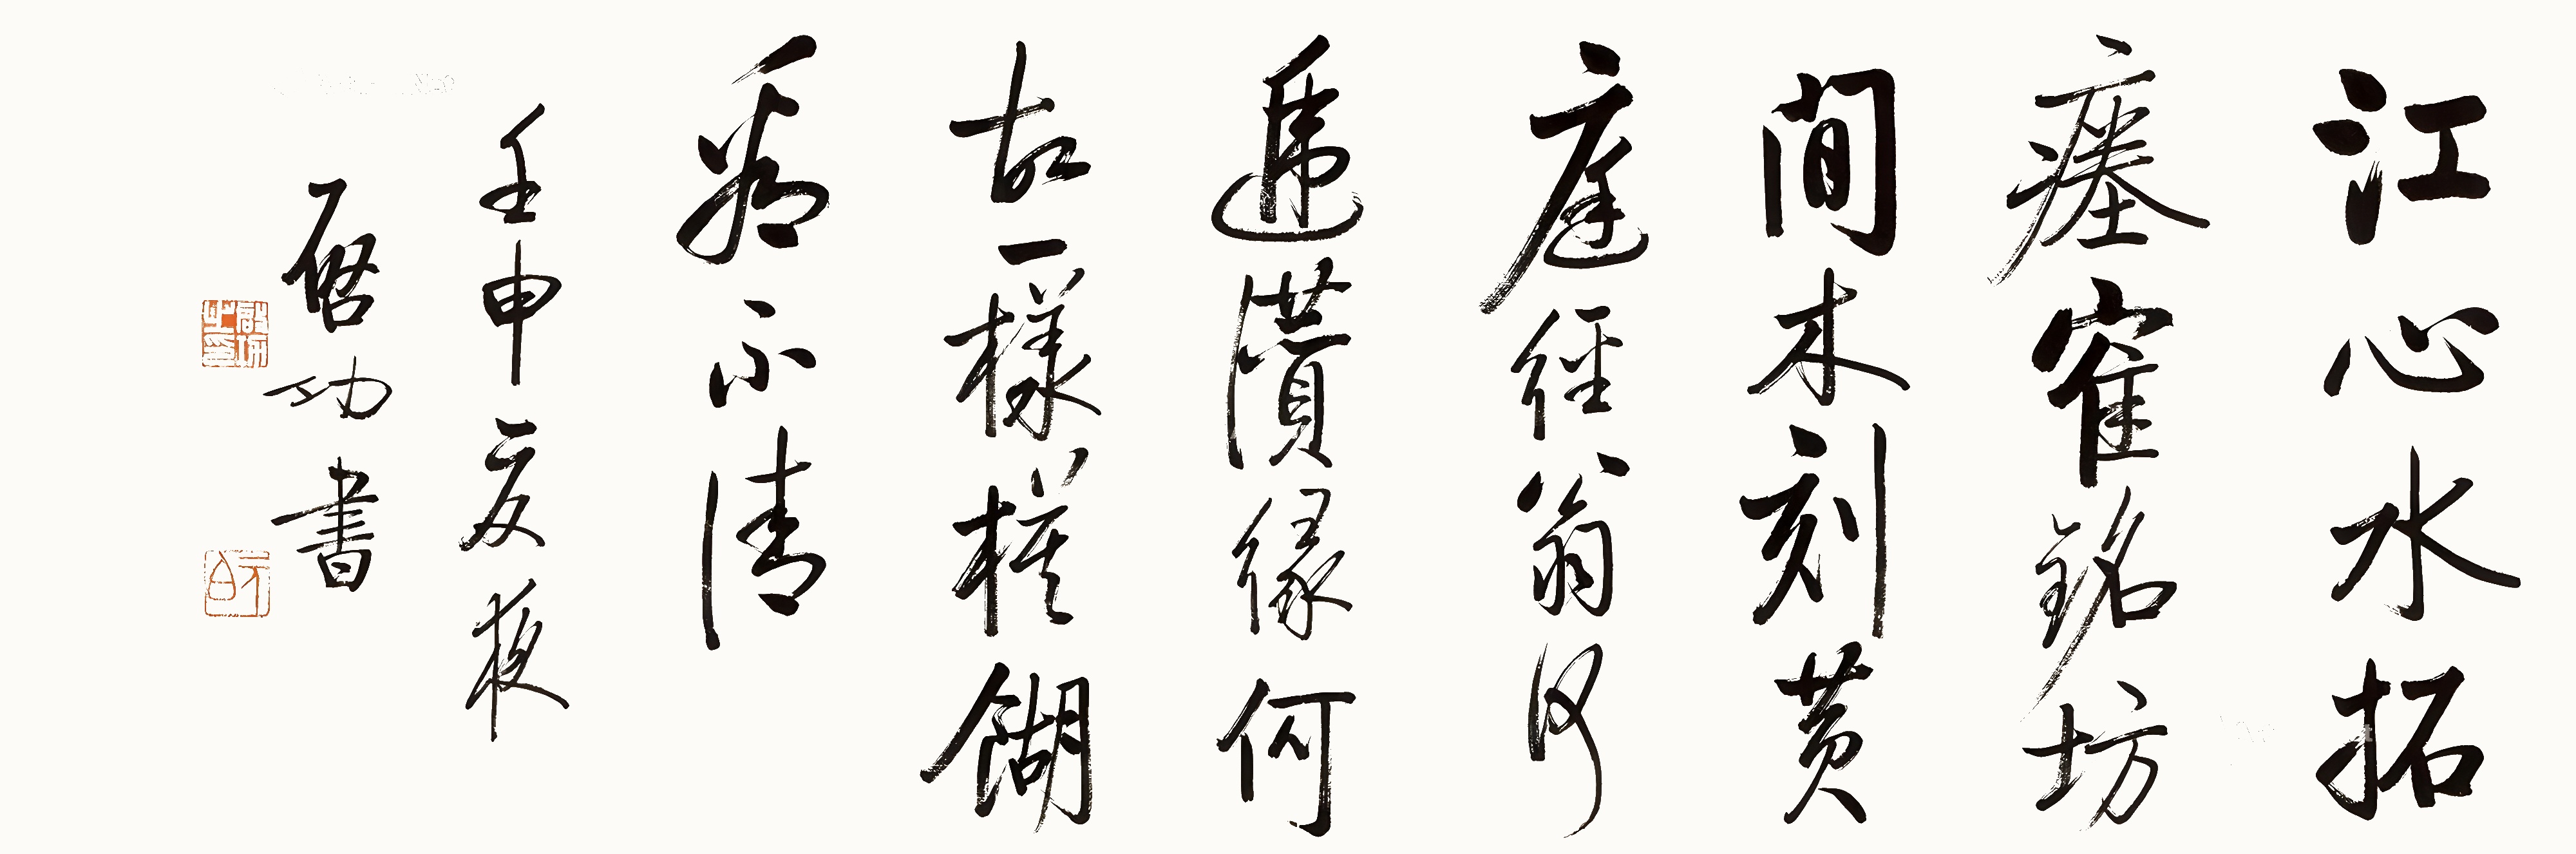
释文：江心水拓瘗鹤铭，坊间木刻黄庭经，翁何递赞缘何故，一样模糊看不清。壬申夏夜，启功书。